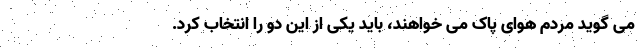
می گوید مردم هوای پاک می خواهند، باید یکی از این دو را انتخاب کرد.